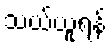
သယ်ယူရန်